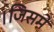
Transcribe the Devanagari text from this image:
।जिसमे